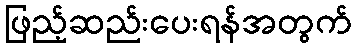
ဖြည့်ဆည်းပေးရန်အတွက်